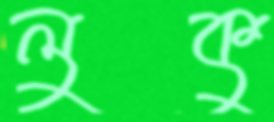
লুকু